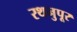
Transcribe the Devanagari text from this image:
रथनुपूर